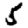
Digit: 5